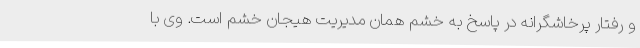
و رفتار پرخاشگرانه در پاسخ به خشم همان مدیریت هیجان خشم است. وی با